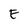
Character: E